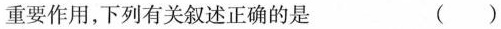
重要作用，下列有关叙述正确的是 （）